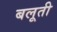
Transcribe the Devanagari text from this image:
बलूती